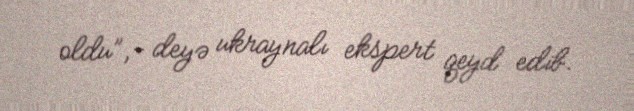
oldu”,- deyə ukraynalı ekspert qeyd edib.